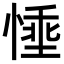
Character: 𪬗